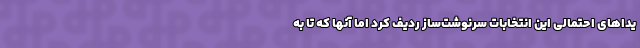
یداهای احتمالی این انتخابات سرنوشت‌ساز ردیف کرد اما آنها که تا به